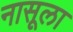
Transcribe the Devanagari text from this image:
नासूला